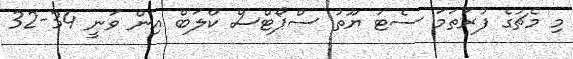
މި މެޗުގެ ފުރަތަމަ ސެޓު ޔޫތު ސްޕޯޓްސް ކްލަބް އިން ވަނީ 34-32